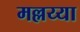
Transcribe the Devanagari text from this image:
मल्लय्या